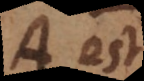
A est